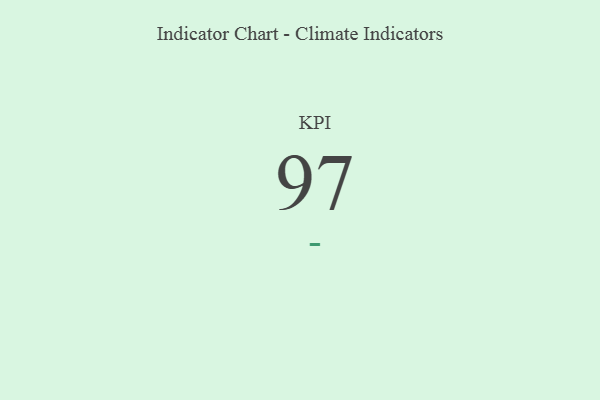
{"axis": {"x": "KPI", "y": "Value"}, "legend": [""], "data": [{"x": "KPI", "y": 97, "type": ""}]}